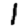
Digit: 1